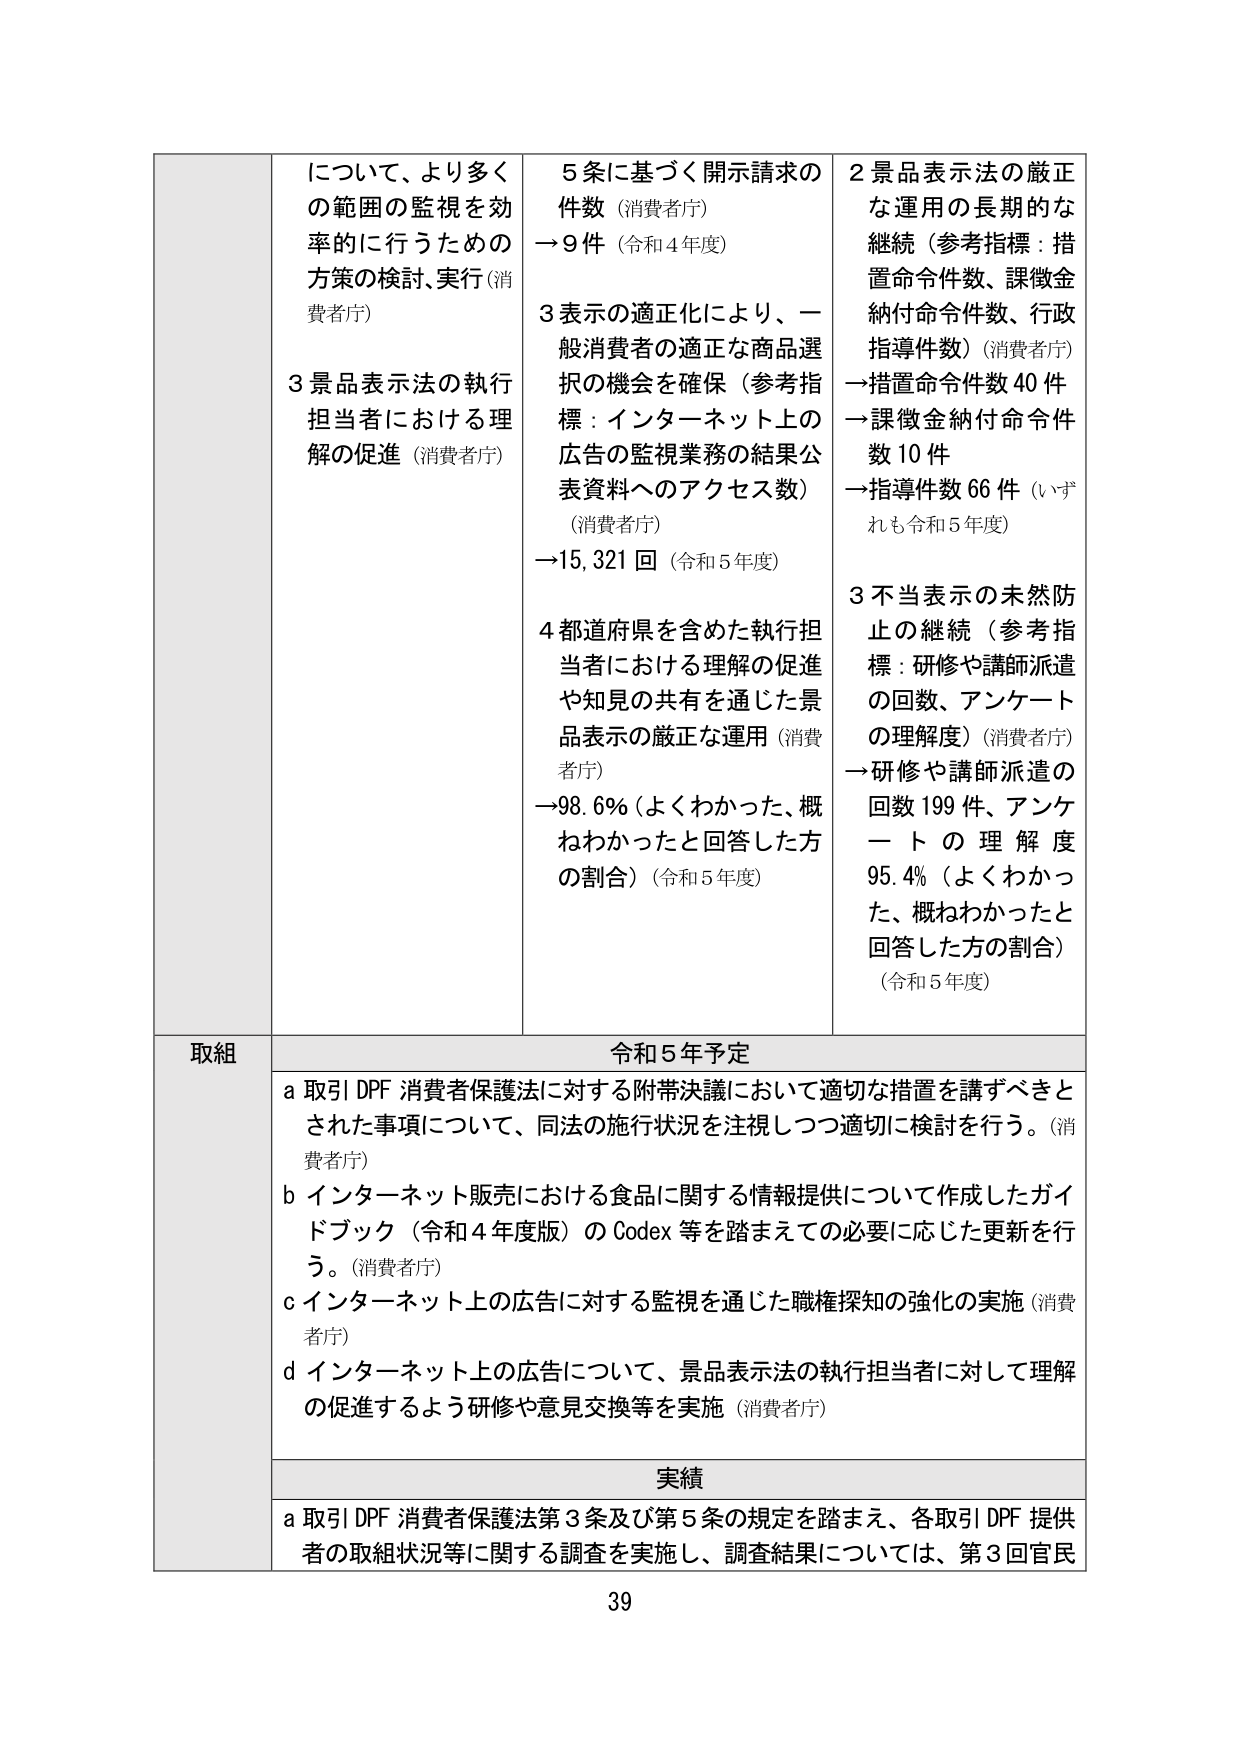
について、より多くの範囲の監視を効率的に行うための方策の検討、実行（消費者庁）
3 景品表示法の執行担当者における理解の促進（消費者庁）

5条に基づく開示請求の件数（消費者庁）
→9件（令和4年度）

3 表示の適正化により、一般消費者の適正な商品選択の機会を確保（参考指標：インターネット上の広告の監視業務の結果公表資料へのアクセス数）（消費者庁）
→15,321回（令和5年度）

4 都道府県を含めた執行担当者における理解の促進や知見の共有を通じた景品表示の厳正な運用（消費者庁）
→98.6%（よくわかった、概ねわかったと回答した方の割合）（令和5年度）

2 景品表示法の厳正な運用の長期的な継続（参考指標：措置命令件数、課徴金納付命令件数、行政指導件数）（消費者庁）
→措置命令件数40件
→課徴金納付命令件数10件
→指導件数66件（いずれも令和5年度）

3 不当表示の未然防止の継続（参考指標：研修や講師派遣の回数、アンケートの理解度）（消費者庁）
→研修や講師派遣の回数199件、アンケートの理解度95.4%（よくわかった、概ねわかったと回答した方の割合）（令和5年度）

取組
令和5年予定
a 取引DPF 消費者保護法に対する附帯決議において適切な措置を講ずべきとされた事項について、同法の施行状況を注視しつつ適切に検討を行う。（消費者庁）
b インターネット販売における食品に関する情報提供について作成したガイドブック（令和4年度版）のCodex等を踏まえての必要に応じた更新を行う。（消費者庁）
c インターネット上の広告に対する監視を通じた職権探知の強化の実施（消費者庁）
d インターネット上の広告について、景品表示法の執行担当者に対して理解の促進するよう研修や意見交換等を実施（消費者庁）

実績
a 取引DPF 消費者保護法第3条及び第5条の規定を踏まえ、各取引DPF 提供者の取組状況等に関する調査を実施し、調査結果については、第3回官民

39